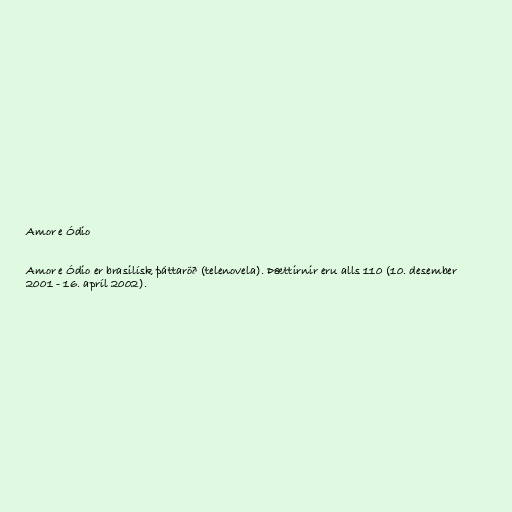
Amor e Ódio

Amor e Ódio er brasilísk þáttaröð (telenovela). Þættirnir eru alls 110 (10. desember
2001 - 16. apríl 2002).